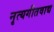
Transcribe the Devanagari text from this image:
नृत्यगीतवाद्य